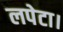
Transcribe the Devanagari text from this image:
लपेटा।